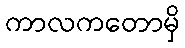
ကာလကတောမှိ